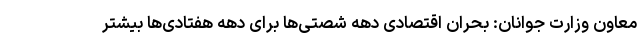
معاون وزارت جوانان: بحران اقتصادی دهه شصتی‌ها برای دهه هفتادی‌ها بیشتر